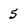
Character: 5